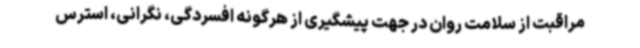
مراقبت از سلامت روان در جهت پیشگیری از هرگونه افسردگی، نگرانی، استرس